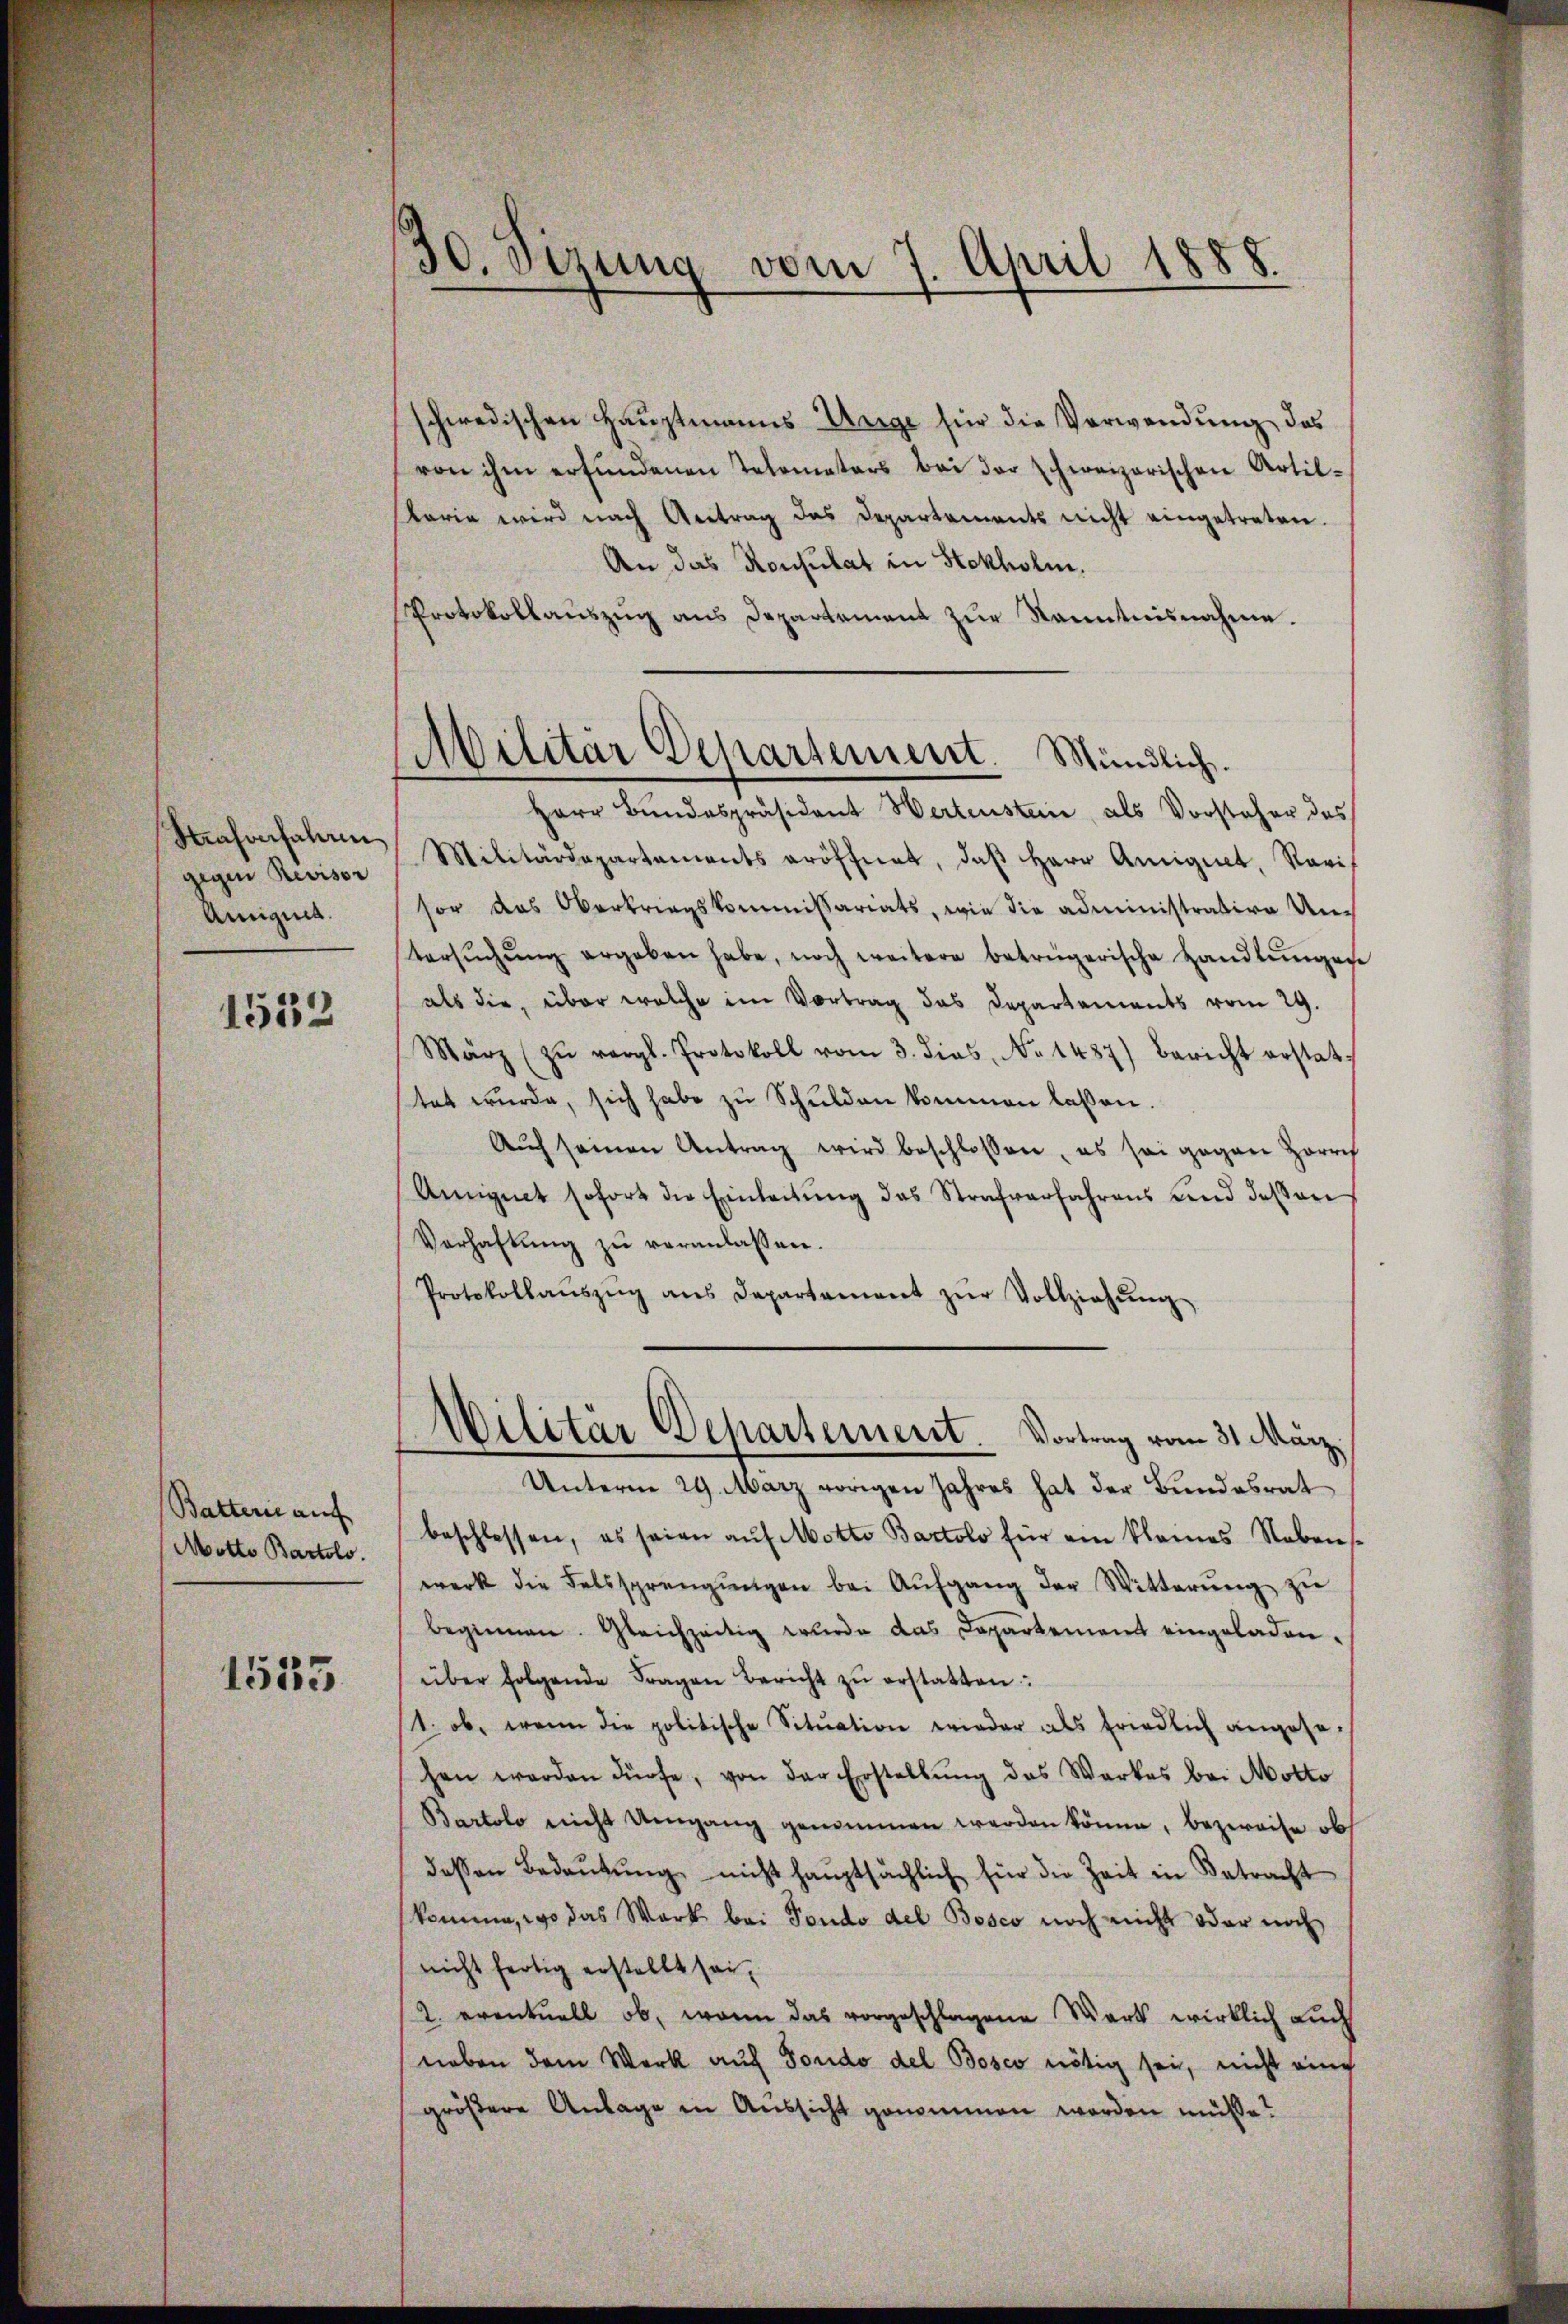
Strafverfahren
gegen Revisor
Anignis.

1552

Battern auf
Motto Bartolo.

1535

schwedischen Hauptmanns Unge für die Verwendung das
von ihm erfundenen Telemeters bei der schweizerischen Artilkaria wird nach Antrag das Departements nicht eingetreten.
An das Konsulat in Stokholm.
Protokollaŭszŭg ans Departement zŭr Kenntnisnahme.

30. Sizung vom 7. April 1888.

Militär Departement. Mündlich.

Militär Departement. Vortrag vom 31. März.

Herr Bundespräsident Wertenstein, als Vorsteher des
Militärdepartaments eröffnet, daβ Herr Amigiet, Rovi
sor das Oberkriegskommissariats, wie die administrative Untersŭchŭng ergeben habe, noch weitere betrügerische Handlŭngen
als die, über welche im Vortrag das Departements vom 29.
März (zŭ vergl. Protokoll vom 3. dies, No 1487) Bericht erstat-
tet wŭrde, sich habe zŭ Schulden kommen lassen.
Auch seinen Antrag wird beschlossen, es sei gegen Zorrch
Amignet sofort die Einleitŭng des Strafverfahrens und dessen
Verhaltŭng zŭ veranlassen.
Protokollaŭszŭg ans Departement zŭr Vollziehŭng
Unterm 29. März vorigen Jahres hat der Bŭndesrat
beschlossen, es seien aŭf Motto Bartolo für ein kleines Nebens-
werk die Felssprengŭngen bei Aŭfgang der Witterŭng zu
beginnen. Gleichzeitig wurde das Departement eingeladen.
über folgende Fragen Bericht zŭ erstatten:
(1. ob, wenn die politische Sitŭation wieder als friedlich angese-
hen werden dürfe, von der Erstellŭng des Werkes bei Motto
Bartolo nicht Umgang genommen werden könne, bezweife ob
dessen Bedaŭtŭng nicht haŭptsächlich für die Zeit in Betracht
komme, wo das Werk bei Fondo del Bosco noch nicht oder noch
nicht fertig erstellt sei,
2. eventuell ob, wenn das vorgeschlagene Wort wirklich auch
neben dem Werk auf Fondo del Bosco nötig sei, nicht eine
größere Anlage in Aussicht genommen worden müsse?